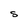
Character: S